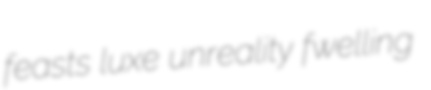
feasts luxe unreality fwelling